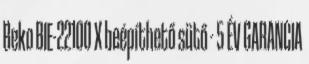
Beko BIE-22100 X beépíthető sütő - 5 ÉV GARANCIA